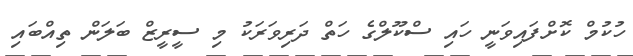
ހުކުމް ކޮށްފައިވަނީ ހައި ސްކޫލްގެ ހަތް ދަރިވަރަކު މި ސީރީޒް ބަލަން ތިއްބައި